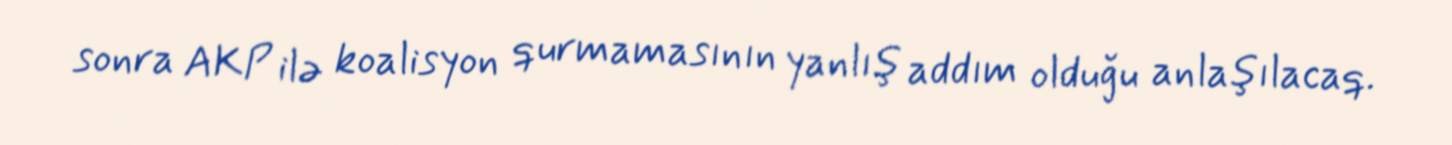
sonra AKP ilə koalisyon qurmamasının yanlış addım olduğu anlaşılacaq.